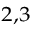
^ { 2 , 3 }